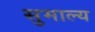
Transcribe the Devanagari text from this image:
सुमाल्य